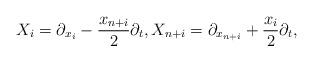
LaTeX: \begin{align*}X_i= \partial_{x_i}-\frac{x_{n+i}}{2}\partial_t, X_{n+i}= \partial_{x_{n+i}}+\frac{x_i}{2}\partial_t,\end{align*}